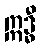
ဣဒ္ဓီ